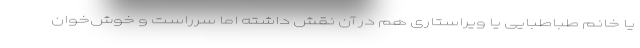
یا خانم طباطبایی یا ویراستاری هم در آن نقش داشته اما سرراست و خوش‌خوان